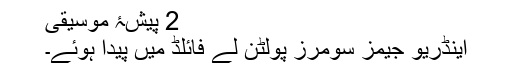
2 پیشۂِ موسیقی
اینڈریو جیمز سومرز پولٹن لے فائلڈ میں پیدا ہوئے۔